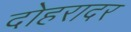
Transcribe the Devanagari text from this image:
दोहरादर